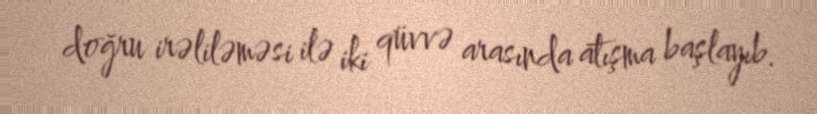
doğru irəliləməsi ilə iki qüvvə arasında atışma başlayıb.